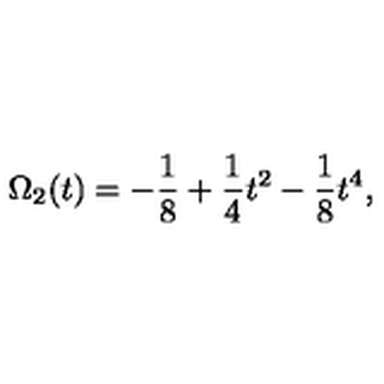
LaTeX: \Omega _ { 2 } ( t ) = - { \frac { 1 } { 8 } } + { \frac { 1 } { 4 } } t ^ { 2 } - { \frac { 1 } { 8 } } t ^ { 4 } ,